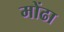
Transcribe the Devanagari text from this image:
मोंढा